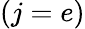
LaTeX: (j=e)